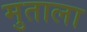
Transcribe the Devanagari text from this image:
मुताला